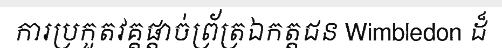
ការប្រកួតវគ្គផ្តាច់ព្រ័ត្រឯកត្តជន Wimbledon ដ៏